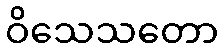
ဝိသေသတော